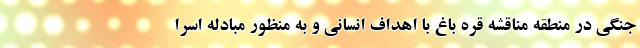
جنگی در منطقه مناقشه قره باغ با اهداف انسانی و به منظور مبادله اسرا